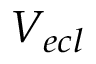
V _ { e c l }